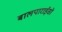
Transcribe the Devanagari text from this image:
बालपाराईसो